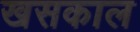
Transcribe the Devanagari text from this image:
खसकाल